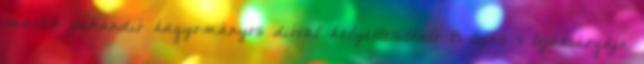
marék pekándió hagyományos dióval helyettesíthető 8 tojás 4 tojássárgája